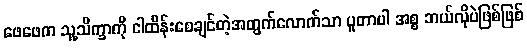
ဖေဖေက သူ့သိက္ခာကို ငါထိန်းစေချင်တဲ့အတွက်လောက်သာ ပူတာပါ အစ္စ ဘယ်လိုပဲဖြစ်ဖြစ်